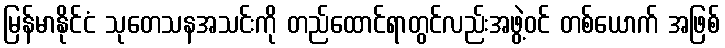
မြန်မာနိုင်ငံ သုတေသနအသင်းကို တည်ထောင်ရာတွင်လည်းအဖွဲ့ဝင် တစ်ယောက် အဖြစ်